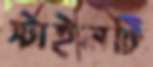
স্টাইলটি